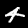
Label: 4